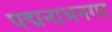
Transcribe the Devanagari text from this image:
पद्मनाभनगर